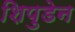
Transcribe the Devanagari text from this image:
शिपुडेन